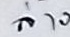
ล่าง